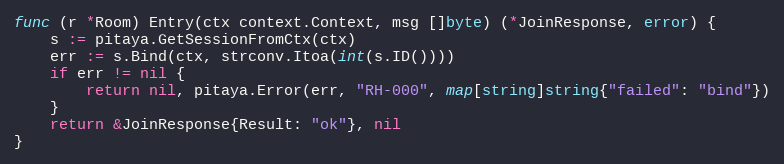
Language: Go
func (r *Room) Entry(ctx context.Context, msg []byte) (*JoinResponse, error) {
	s := pitaya.GetSessionFromCtx(ctx)
	err := s.Bind(ctx, strconv.Itoa(int(s.ID())))
	if err != nil {
		return nil, pitaya.Error(err, "RH-000", map[string]string{"failed": "bind"})
	}
	return &JoinResponse{Result: "ok"}, nil
}